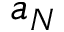
a _ { N }